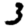
Digit: 3